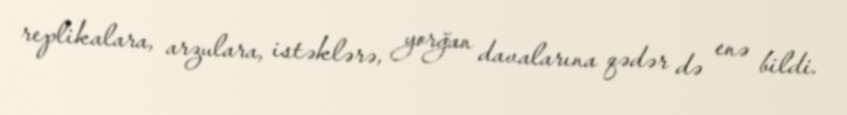
replikalara, arzulara, istəklərə, yorğan davalarına qədər də enə bildi.